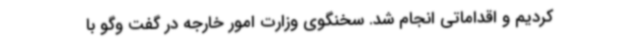
کردیم و اقداماتی انجام شد. سخنگوی وزارت امور خارجه در گفت وگو با